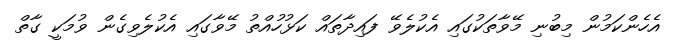
އެހެންކަމުން މިބުނި މޭވާތަކުގައި އެކުލެވޭ ފައިދާތައް ކަޅުހުއްތު މޭވާގައި އެކުލެވިގެން ވުމަކީ ގާތް